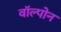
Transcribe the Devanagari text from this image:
वॉल्पोन